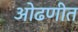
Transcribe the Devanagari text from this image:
ओढणीत